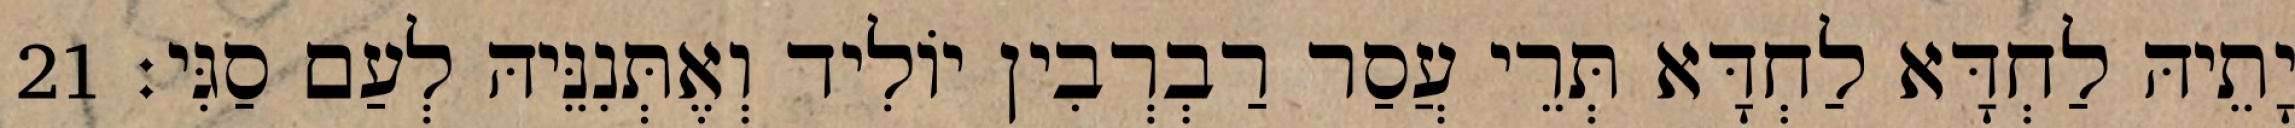
יָתֵיהּ לַחְדָּא לַחְדָּא תְּרֵי עֲסַר רַבְרְבִין יוֹלִיד וְאֶתְּנִנֵּיהּ לְעַם סַגִּי׃ 21